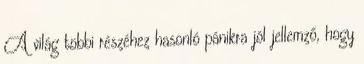
A világ többi részéhez hasonló pánikra jól jellemző, hogy